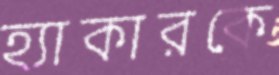
হ্যাকারকে